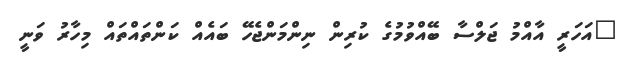
"އަހަރީ އާއްމު ޖަލްސާ ބޭއްވުމުގެ ކުރިން ނިންމަންޖެހޭ ބައެއް ކަންތައްތައް މިހާރު ވަނީ